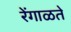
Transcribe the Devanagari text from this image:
रेंगाळते